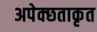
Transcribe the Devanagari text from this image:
अपेक्छताकृत